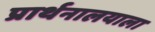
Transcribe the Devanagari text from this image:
प्रार्थनालयाला